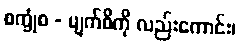
စက္ခုံစ - မျက်စိကို လည်းကောင်း၊